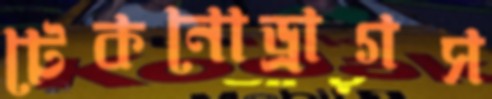
টেকনোড্রাগস